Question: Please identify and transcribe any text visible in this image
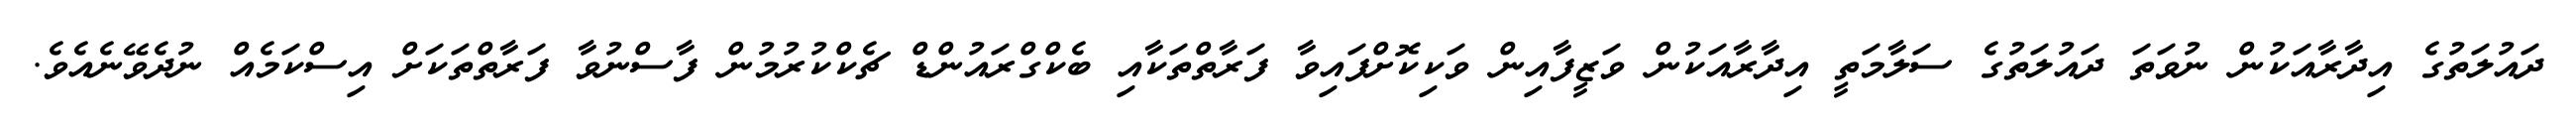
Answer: ދައުލަތުގެ އިދާރާއަކުން ނުވަތަ ދައުލަތުގެ ސަލާމަތީ އިދާރާއަކުން ވަޒީފާއިން ވަކިކޮށްފައިވާ ފަރާތްތަކާއި ބެކްގްރައުންޑް ޗެކްކުރުމުން ފާސްނުވާ ފަރާތްތަކަށް އިސްކަމެއް ނުދެވޭނެއެވެ.